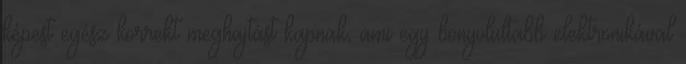
képest egész korrekt meghajtást kapnak, ami egy bonyolultabb elektronikával